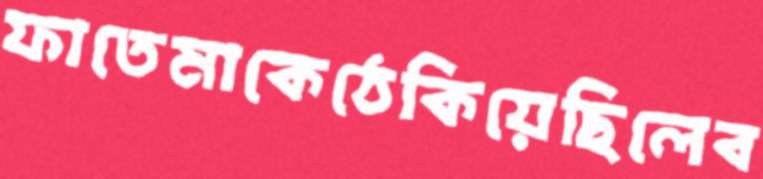
ফাতেমাকেঠেকিয়েছিলেব